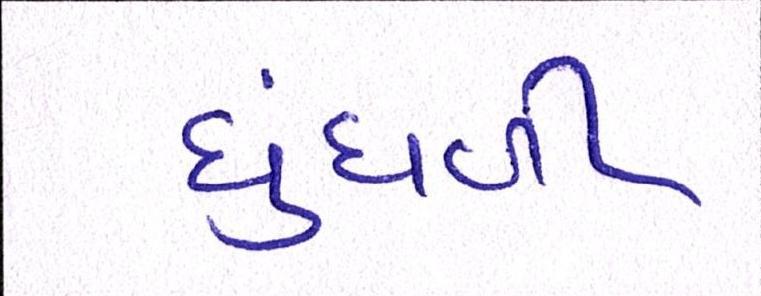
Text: ધુંધળી